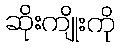
ဆိုးကျိုးကို